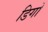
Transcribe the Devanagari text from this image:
डिगो